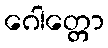
ဂေါတ္တော